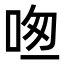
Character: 𠱱